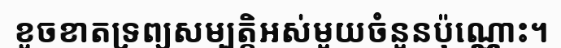
ខូចខាតទ្រព្យសម្បត្តិអស់មួយចំនួនប៉ុណ្ណោះ។